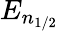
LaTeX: E_{n_{1/2}}